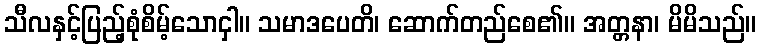
သီလနှင့်ပြည့်စုံစိမ့်သောငှါ။ သမာဒပေတိ၊ ဆောက်တည်စေ၏။ အတ္တနာ၊ မိမိသည်။